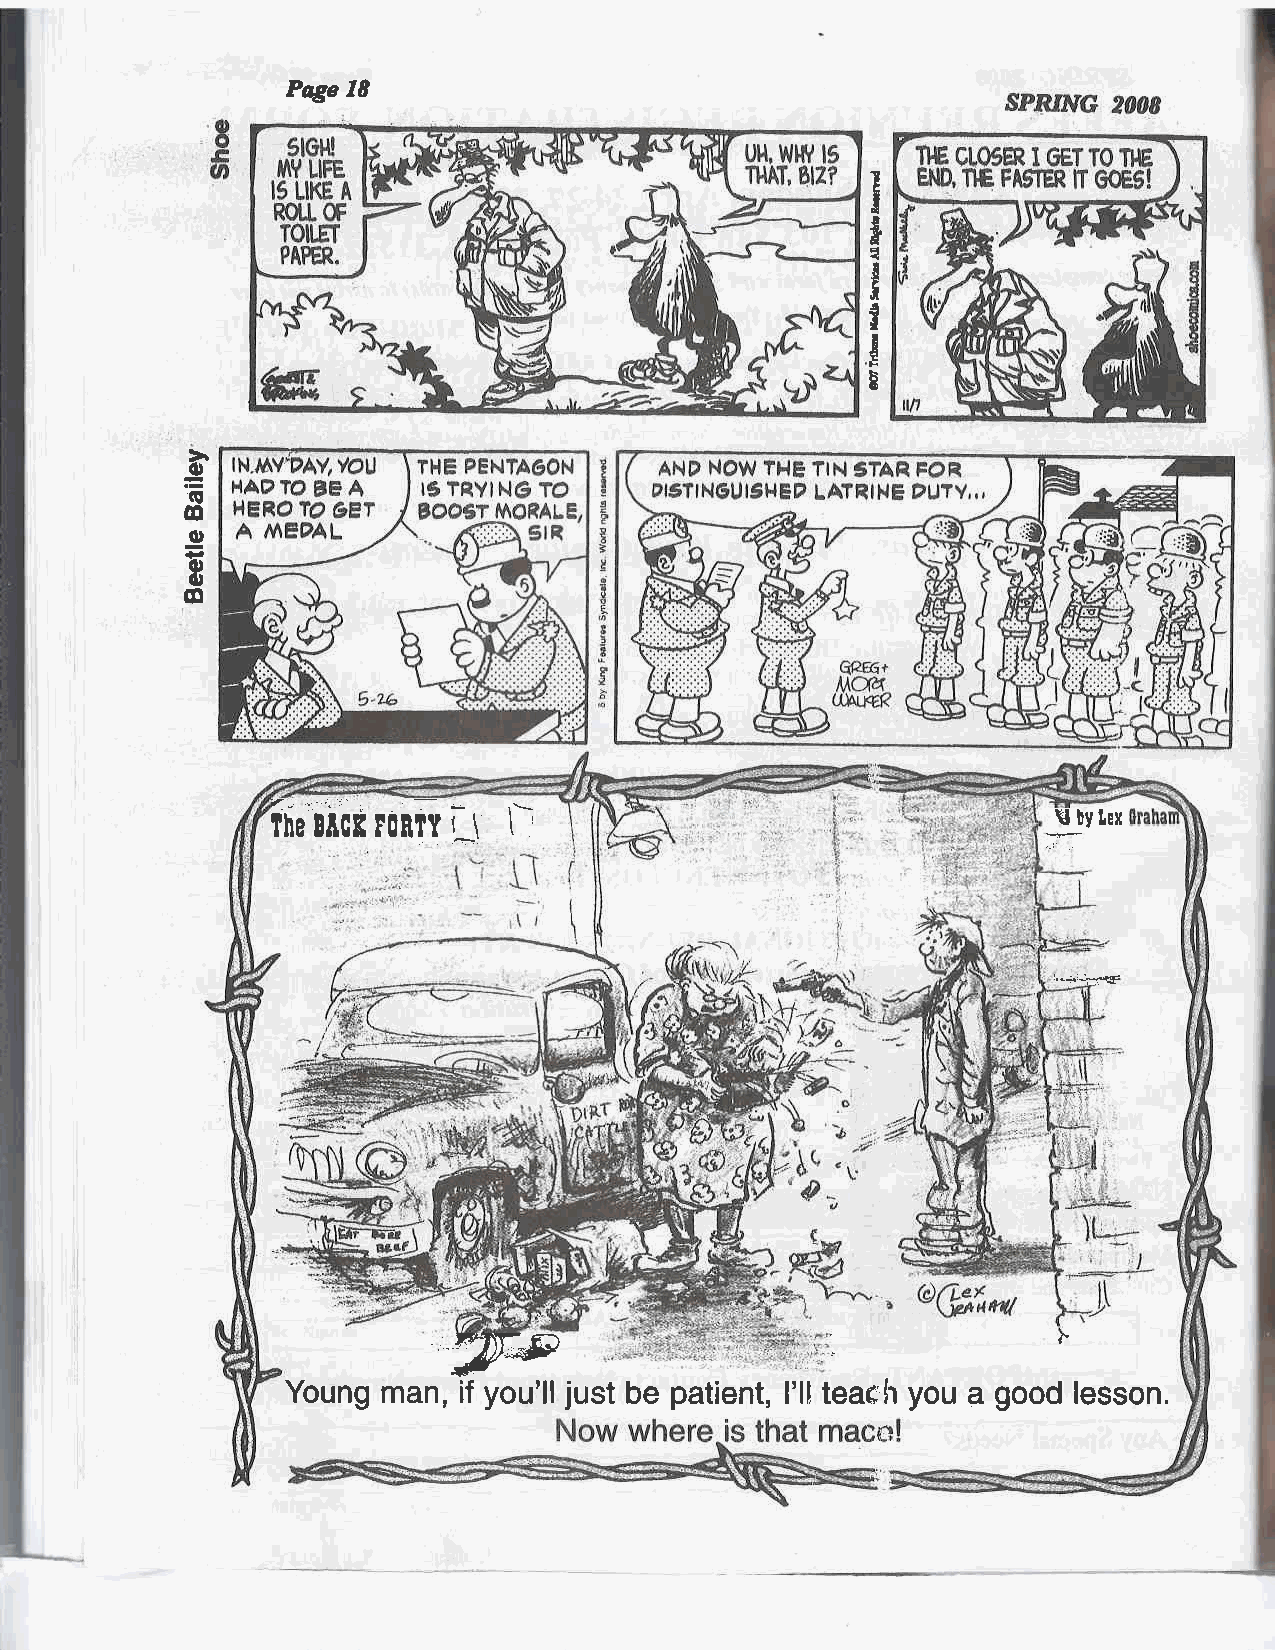
Prye I8
 I
 I
 4
 t
 &
 ?
 I
 T
 i
 g
 E
 o
 =
 o
 o
 .E
 +oa
 o
 G
 a,-_-',r: ,. -, *t J ,\
 Ihe llCB l0nTT
 \                                   HbvIex
 '
 1-+::i-f,€
 "'-ffsP                                  I
 Young man,  if you'll just be patient, I'll teae h you a good lesson.